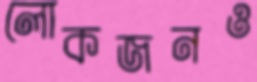
লোকজনও